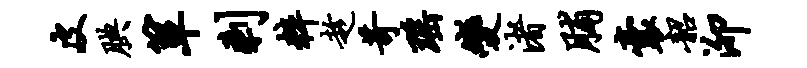
皮腆箪剩粹趁苛瑶变渚脯囊韶泖